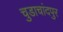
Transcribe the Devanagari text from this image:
चुडाचांदपुर